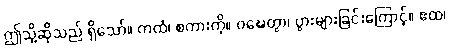
ဤသို့ဆိုသည် ရှိသော်။ ကထံ၊ စကားကို။ ဝဍ္ဎေတွာ၊ ပွားများခြင်းကြောင့်။ ဧထ၊